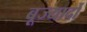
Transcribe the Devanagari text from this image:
बूज्यार्दो